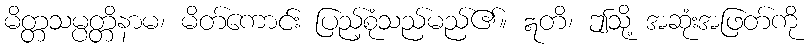
မိတ္တသမ္ပတ္တိနာမ၊ မိတ်ကောင်း ပြည့်စုံသည်မည်၏။ ဣတိ၊ ဤသို့ အဆုံးအဖြတ်ကို